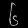
Digit: ၆